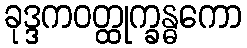
ခုဒ္ဒကဝတ္ထုက္ခန္ဓကော